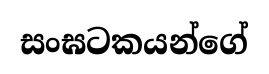
සංඝටකයන්ගේ